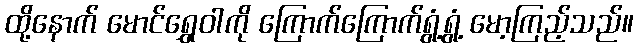
ထို့နောက် မောင်ရွှေဝါကို ကြောက်ကြောက်ရွံ့ရွံ့ မော့ကြည့်သည်။